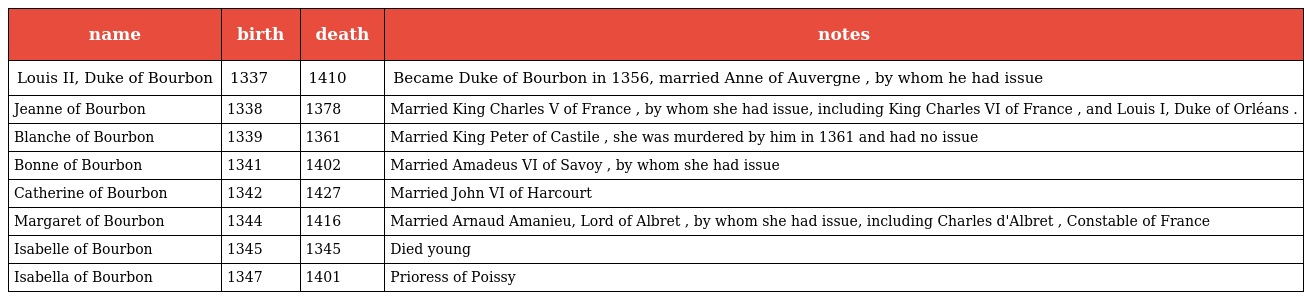
| name | birth | death | notes |
 | --- | --- | --- | --- |
 | Louis II, Duke of Bourbon | 1337 | 1410 | Became Duke of Bourbon in 1356, married Anne of Auvergne , by whom he had issue |
 | Jeanne of Bourbon | 1338 | 1378 | Married King Charles V of France , by whom she had issue, including King Charles VI of France , and Louis I, Duke of Orléans . |
 | Blanche of Bourbon | 1339 | 1361 | Married King Peter of Castile , she was murdered by him in 1361 and had no issue |
 | Bonne of Bourbon | 1341 | 1402 | Married Amadeus VI of Savoy , by whom she had issue |
 | Catherine of Bourbon | 1342 | 1427 | Married John VI of Harcourt |
 | Margaret of Bourbon | 1344 | 1416 | Married Arnaud Amanieu, Lord of Albret , by whom she had issue, including Charles d'Albret , Constable of France |
 | Isabelle of Bourbon | 1345 | 1345 | Died young |
 | Isabella of Bourbon | 1347 | 1401 | Prioress of Poissy |